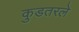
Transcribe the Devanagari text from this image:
कुडतरले